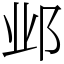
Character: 邺